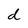
Character: d